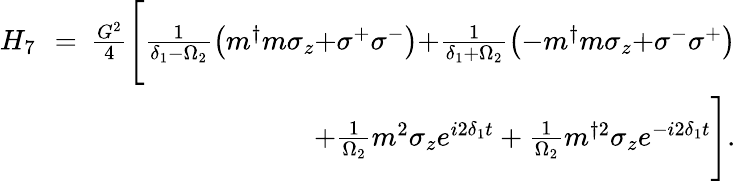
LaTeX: \begin{array}{rlr}{H_{7}\! \! }&{=}&{\! \! \! \frac{G^{2}}{4}\Bigg[\frac{1}{\delta_{1}{-}\Omega_{2}}\left(m^{\dagger}m\sigma_{z}{+}\sigma^{+}\sigma^{-}\right){+}\frac{1}{\delta_{1}{+}\Omega_{2}}\left(-m^{\dagger}m\sigma_{z}{+}\sigma^{-}\sigma^{+}\right)}\\ &{}&{\, \, \, \, \, \, +\frac{1}{\Omega_{2}}m^{2}\sigma_{z}e^{i2\delta_{1}t}+\frac{1}{\Omega_{2}}m^{\dagger 2}\sigma_{z}e^{-i2\delta_{1}t}\Bigg].}\end{array}